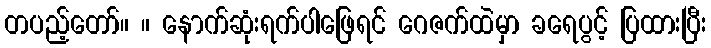
တပည့်တော်။ ။ နောက်ဆုံးရက်ပါဖြေရင် ဂေဇက်ထဲမှာ ခရေပွင့် ပြထားပြီး